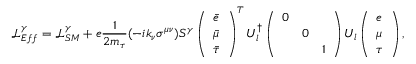
\mathcal { L } _ { E f f } ^ { \gamma } = \mathcal { L } _ { S M } ^ { \gamma } + e \frac { 1 } { 2 m _ { \tau } } ( - i k _ { \nu } \sigma ^ { \mu \nu } ) S ^ { \gamma } \left( \begin{array} { l } { { \bar { e } } } \\ { { \bar { \mu } } } \\ { { \bar { \tau } } } \end{array} \right) ^ { T } U _ { l } ^ { \dag } \left( \begin{array} { l l l } { { 0 } } & { { } } & { { } } \\ { { } } & { { 0 } } & { { } } \\ { { } } & { { } } & { { 1 } } \end{array} \right) U _ { l } \left( \begin{array} { l } { { e } } \\ { { \mu } } \\ { { \tau } } \end{array} \right) ,